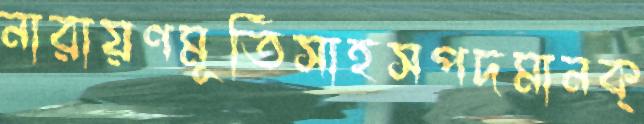
নারায়ণমূর্তিসাহসপদমানক্